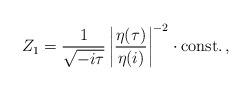
LaTeX: \begin{align*}Z_1 =\frac{1}{\sqrt{-i \tau}} \left| \frac{\eta(\tau)}{\eta(i)} \right|^{-2}\cdot \mbox{const.}\,,\end{align*}